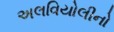
અલવિયોલીનો